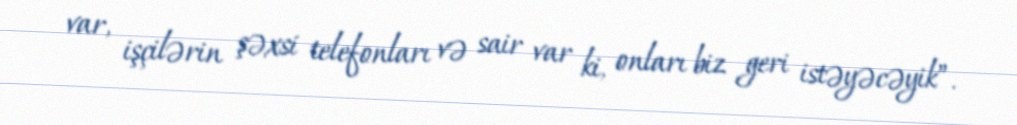
var, işçilərin şəxsi telefonları və sair var ki, onları biz geri istəyəcəyik”.